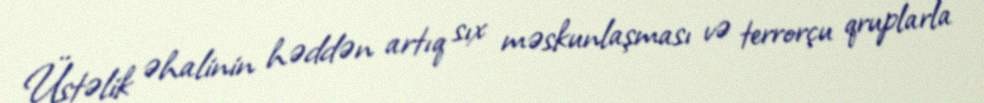
Üstəlik əhalinin həddən artıq sıx məskunlaşması və terrorçu qruplarla